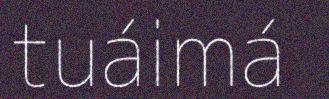
tuáimá